Document type: Sale
Year: 1423
Scribe: Joan Franc
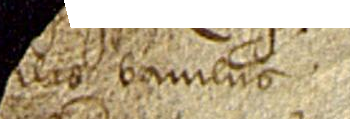
s baiulus